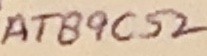
Text: AT89C52